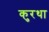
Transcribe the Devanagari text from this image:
कुरथा